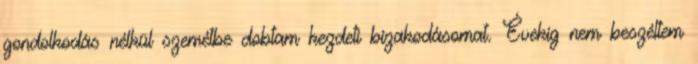
gondolkodás nélkül szemétbe dobtam kezdeti bizakodásomat. Évekig nem beszéltem